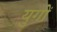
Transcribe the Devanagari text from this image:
युगाें